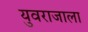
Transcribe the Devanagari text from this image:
युवराजाला